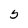
Character: 5